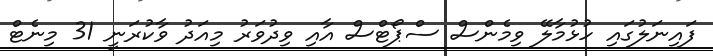
ފައިނަލުގައި ހުޅުމާލޭ ވިމެންސް ސްޕޯޓްސް އާއި ވިދުވަރު މިއަދު ވާކުރަނީ 31 މިނެޓް